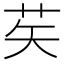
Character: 䒨